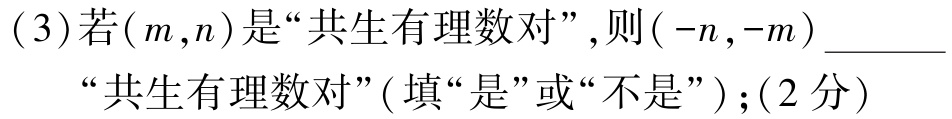
(3)若\((m,n)\)是“共生有理数对”，则\((-n,-m)\)________“共生有理数对”( 填“是”或“不是”)；(2分)